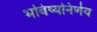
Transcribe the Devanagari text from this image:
भविष्यनिर्णय